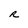
Character: a